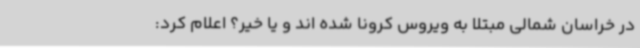
در خراسان شمالی مبتلا به ویروس کرونا شده اند و یا خیر؟ اعلام کرد: